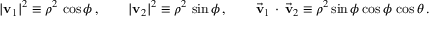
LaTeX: | \mathbf { v } _ { 1 } | ^ { 2 } \equiv \rho ^ { 2 } \, \cos \phi \, , \qquad | \mathbf { v } _ { 2 } | ^ { 2 } \equiv \rho ^ { 2 } \, \sin \phi \, , \qquad \vec { \mathbf { v } } _ { 1 } \, \cdot \, \vec { \mathbf { v } } _ { 2 } \equiv \rho ^ { 2 } \sin \phi \cos \phi \, \cos \theta \, .